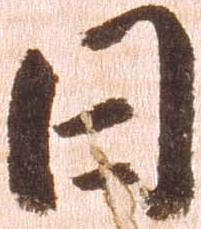
日